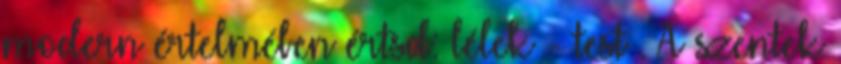
modern értelmében értsd: lélek - test . A szentek